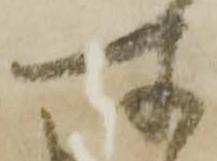
所